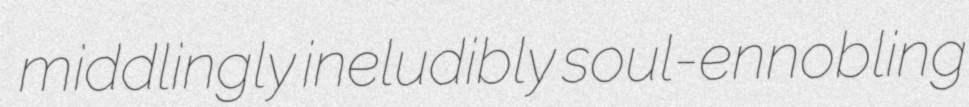
middlingly ineludibly soul-ennobling